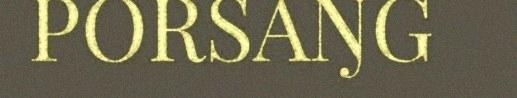
PORSAŊG